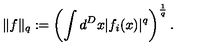
\| f \| _ { q } : = \left( \int d ^ { D } x | f _ { i } ( x ) | ^ { q } \right) ^ { \frac { 1 } { q } } .